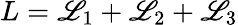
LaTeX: L=\mathscr{L}_{1}+\mathscr{L}_{2}+\mathscr{L}_{3}